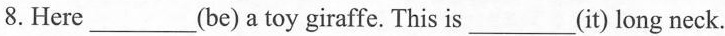
8. Here___(be) a toy giraffe. This is___(it) long neck.